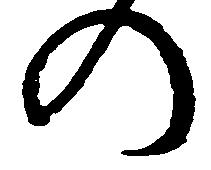
の